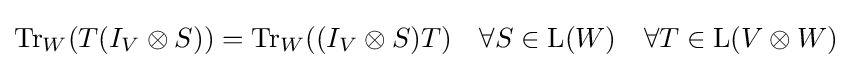
\operatorname {Tr} _{W}(T(I_{V}\otimes S))=\operatorname {Tr} _{W}((I_{V}\otimes S)T)\quad \forall S\in \operatorname {L} (W)\quad \forall T\in \operatorname {L} (V\otimes W)